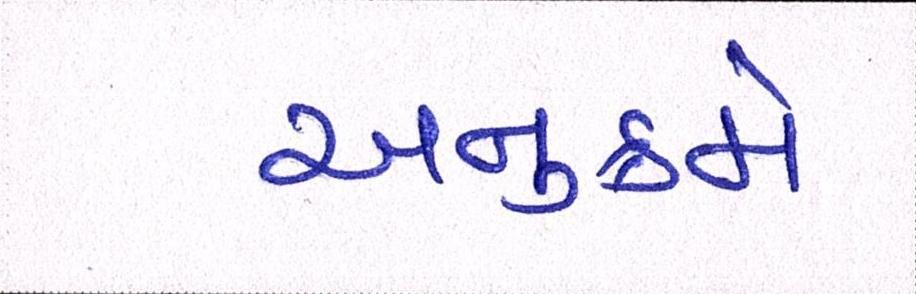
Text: અનુક્રમે